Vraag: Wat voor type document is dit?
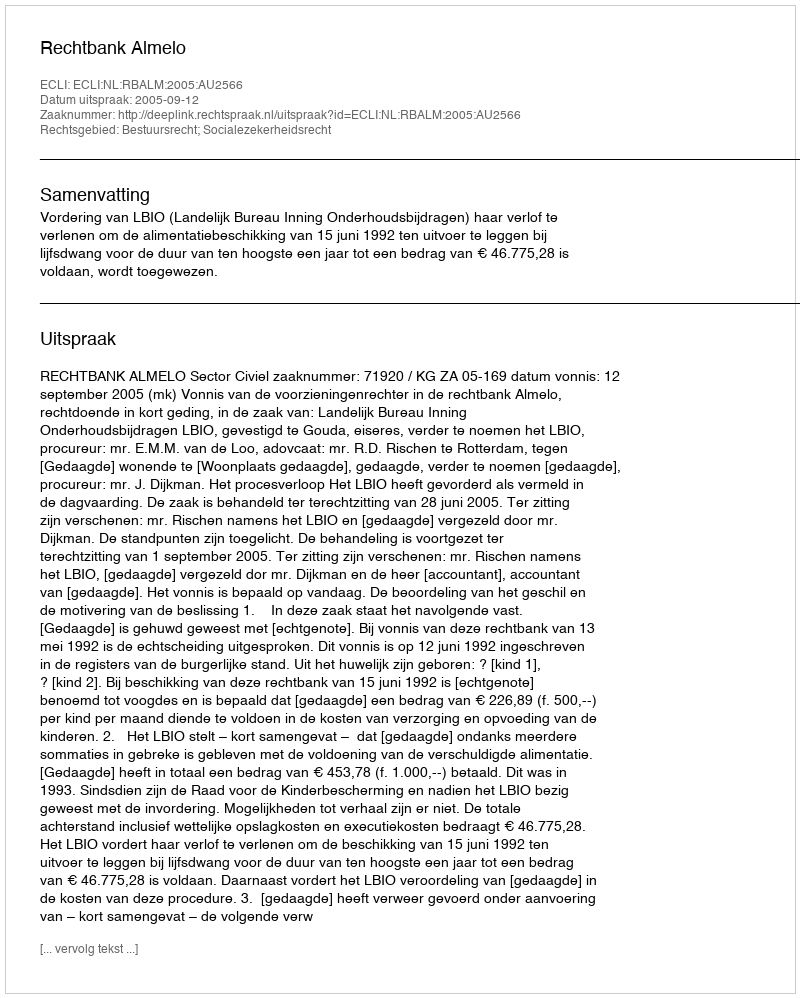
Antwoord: Uitspraak